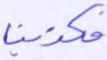
فكذبنا